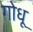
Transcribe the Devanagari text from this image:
गोधू